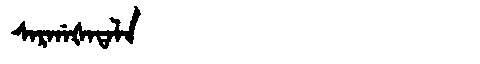
Manchu: ᠰᠠᡵᡤᠠᡧᠠᡨᠠᠯᠠ
Romanization: SARGAŠATALA